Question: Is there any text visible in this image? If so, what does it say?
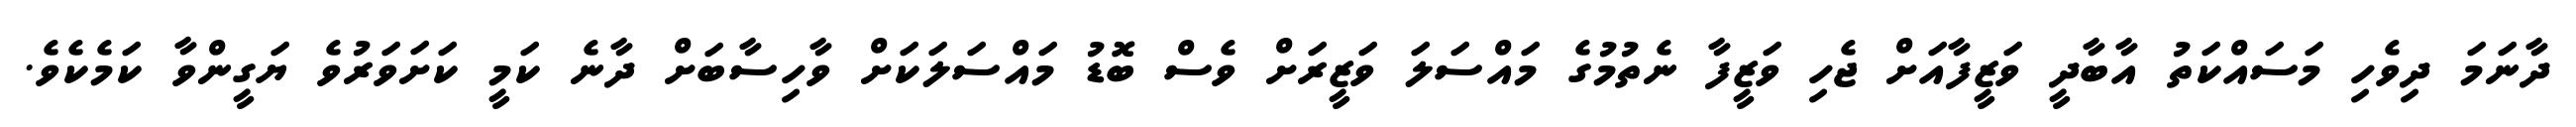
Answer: ދާނަމަ ދިވެހި މަސައްކަތު އާބާދީ ވަޒީފާއަށް ޖެހި ވަޒީފާ ނެތުމުގެ މައްސަލަ ވަޒީރަށް ވެސް ބޮޑު މައްސަލަކަށް ވާހިސާބަށް ދާނެ ކަމީ ކަށަވަރުވެ ޔަގީންވާ ކަމެކެވެ.